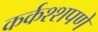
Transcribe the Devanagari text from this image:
कर्कश्शपणे